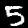
Label: 5